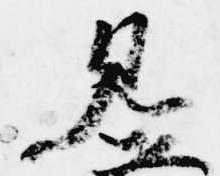
見